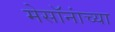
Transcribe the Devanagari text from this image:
मेसॉनांच्या